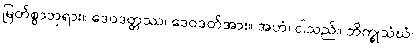
မြတ်စွာဘုရား။ ဒေဝဒတ္တဿ၊ ဒေဝဒတ်အား။ အဟံ၊ ငါသည်။ ဘိက္ခုသံဃံ၊